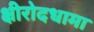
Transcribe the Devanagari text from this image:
क्षीरोदधामा